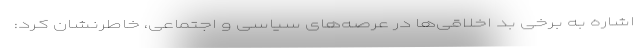
اشاره به برخی بد اخلاقی‌ها در عرصه‌های سیاسی و اجتماعی، خاطرنشان کرد: